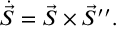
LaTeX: \dot { \vec { S } } = \vec { S } \times \vec { S } ^ { \prime \prime } .